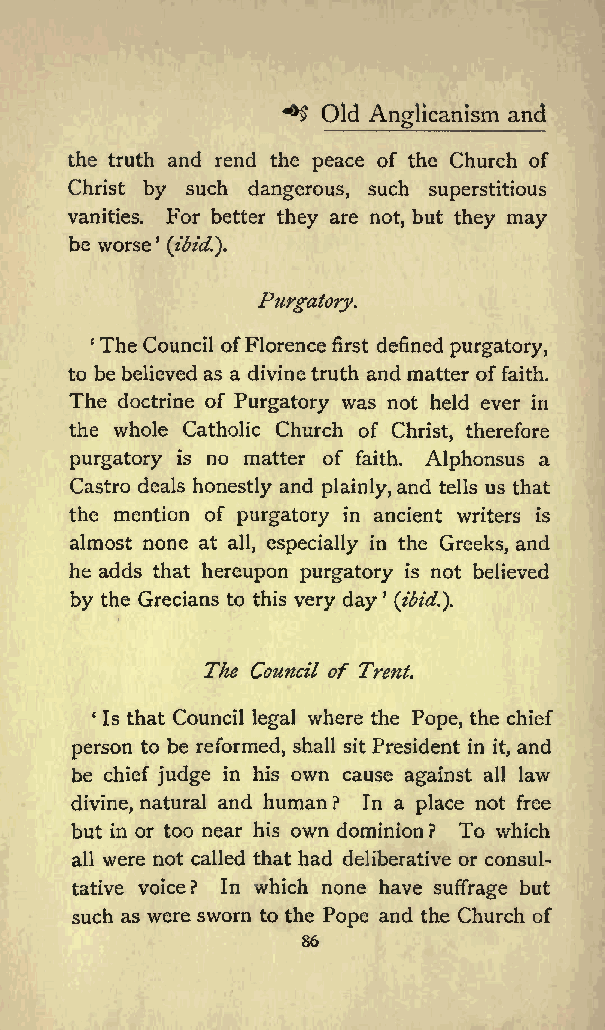
^
 Old          and
 Anglicanism
 the truth and rend the peace of the Church of
 Christ by such dangerous, such superstitious
 vanities. For better they are not, but they may
 be worse
 (ibid.}.
 Purgatory.
 1The Council ofFlorence first defined purgatory,
 to be believed as a divine truth and matter offaith.
 The doctrine of Purgatory was not held ever in
 the whole Catholic Church of Christ, therefore
 purgatory is no matter of faith. Alphonsus a
 Castro deals honestly and plainly,and tells us that
 the mention of purgatory in ancient writers is
 almost none at all, especially in the Greeks, and
 he adds that hereupon purgatory is not believed
 by the Grecians to this very day (ibid.}.
 The Council of Trent.
 Is that Council legal where the Pope, the chief
 person to be reformed, shall sit President in it, and
 be chief judge in his own cause against all law
 divine, natural and human ? In a place not free
 but in or too near his own dominion? To which
 all were not called that had deliberative or consul
 tative voice? In which none have suffrage but
 such as were sworn to the Pope and the Church of
 86